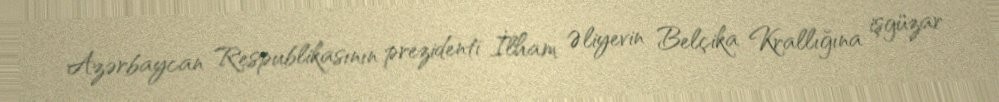
Azərbaycan Respublikasının prezidenti İlham Əliyevin Belçika Krallığına işgüzar